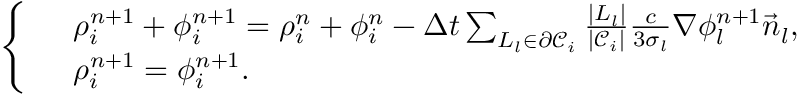
\left\{ \begin{array} { r l } & { \rho _ { i } ^ { n + 1 } + \phi _ { i } ^ { n + 1 } = \rho _ { i } ^ { n } + \phi _ { i } ^ { n } - \Delta t \sum _ { L _ { l } \in \partial \mathcal { C } _ { i } } \frac { | L _ { l } | } { | \mathcal { C } _ { i } | } \frac { c } { 3 \sigma _ { l } } \nabla \phi _ { l } ^ { n + 1 } \vec { n } _ { l } , } \\ & { \rho _ { i } ^ { n + 1 } = \phi _ { i } ^ { n + 1 } . } \end{array} \right.